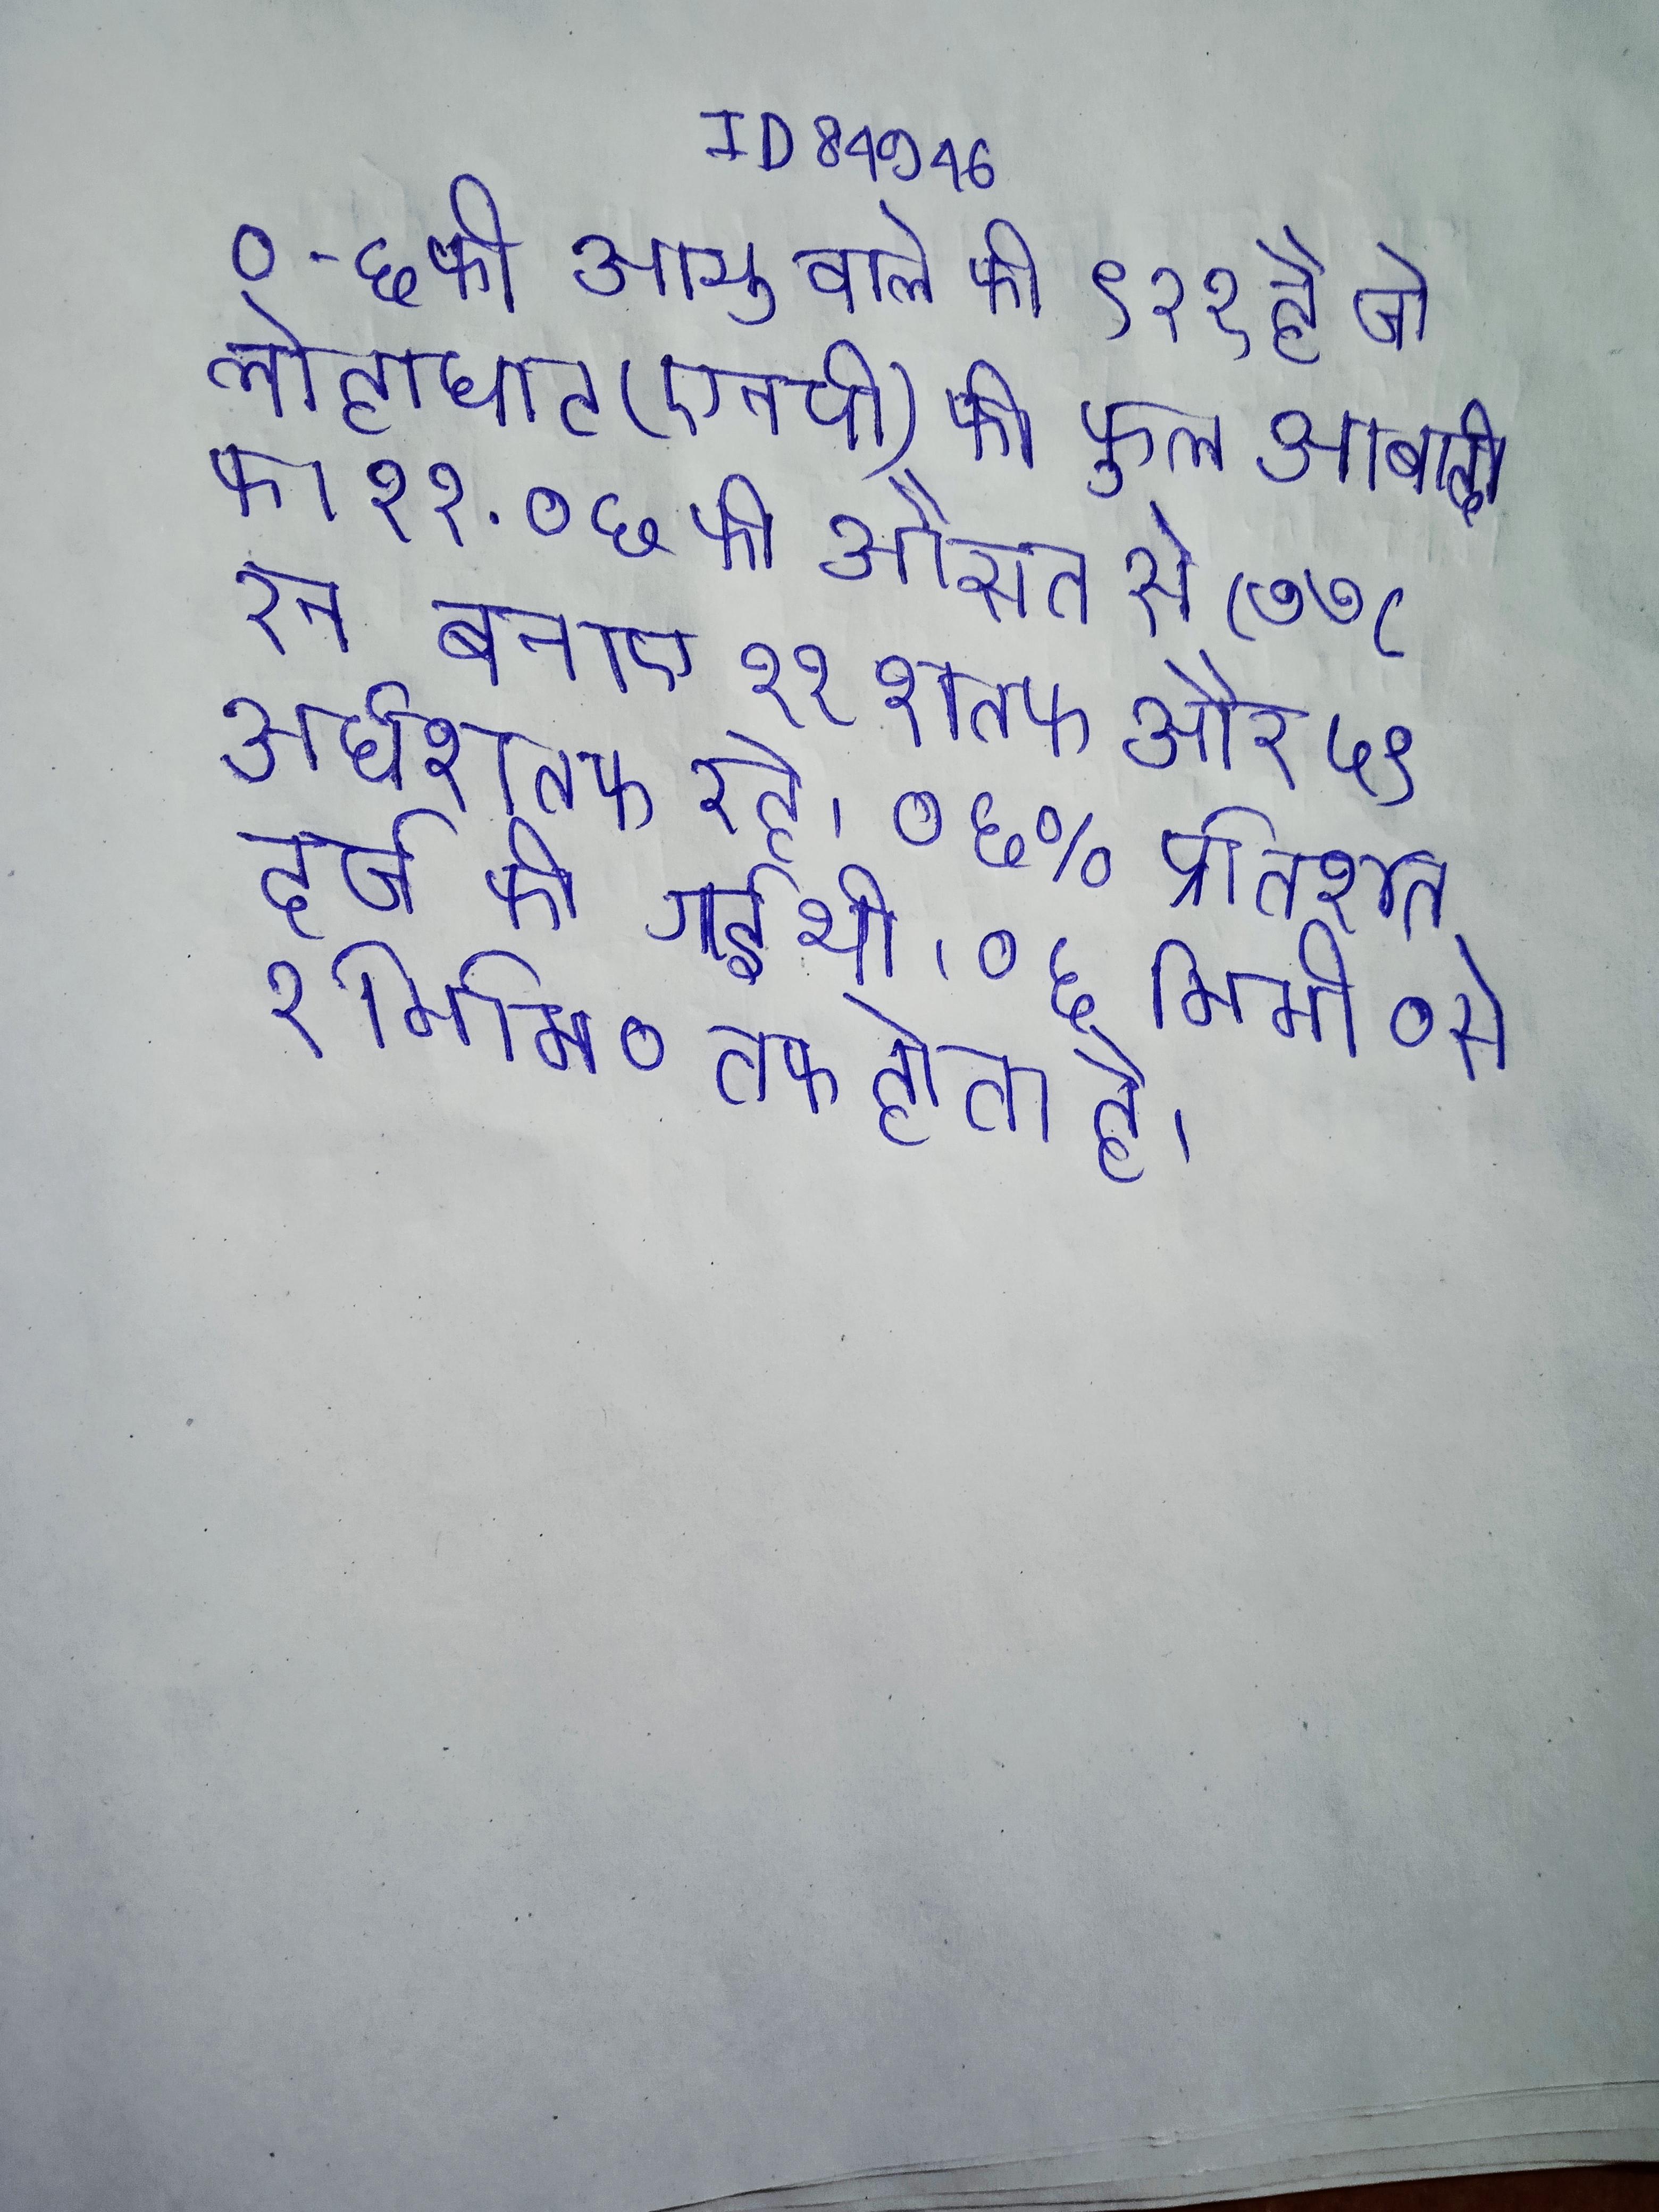
०-६ की आयु वाले की ९२१ है जो लोहाघाट (एनपी) की कुल आबादी का ११ . ०६ की औसत से ८७७८ रन बनाए ११ शतक और ५९ अर्धशतक रहे । ०६% प्रतिशत दर्ज की गई थी । ०६ मिमी० से २ मिमी० तक होता है ।